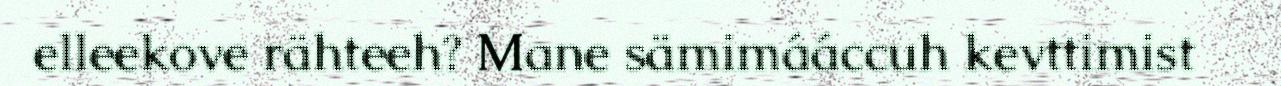
elleekove rähteeh? Mane sämimááccuh kevttimist